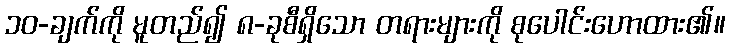
၁၀-ချက်ကို မူတည်၍ ၈-ခုစီရှိသော တရားများကို စုပေါင်းဟောထား၏။